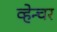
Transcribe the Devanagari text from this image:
व्हेन्चर